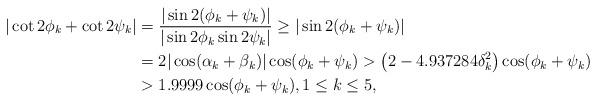
LaTeX: \begin{align*}|\cot2\phi_{k} + \cot2\psi_{k}| & = \frac{|\sin 2(\phi_k +\psi_k)|}{|\sin 2\phi_k \sin 2\psi_k|} \geq |\sin 2(\phi_k +\psi_k)| \\& = 2|\cos (\alpha_k +\beta_k)|\cos(\phi_k +\psi_k) > \left(2-4.937284\delta_k^2\right)\cos(\phi_k +\psi_k) \\& > 1.9999\cos(\phi_k +\psi_k), 1\leq k\leq5, \end{align*}